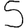
Digit: 5